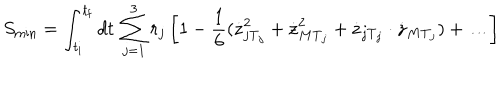
S _ { \min } = \int _ { t _ { \mathrm { i } } } ^ { t _ { \mathrm { f } } } d t \, \sum _ { j = 1 } ^ { 3 } r _ { j } \left[ 1 - \frac { 1 } { 6 } ( \dot { { \bf z } } _ { j \mathrm { T } _ { j } } ^ { 2 } + \dot { { \bf z } } _ { M \mathrm { T } _ { j } } ^ { 2 } + \dot { { \bf z } } _ { j \mathrm { T } _ { j } } \cdot \dot { { \bf z } } _ { M \mathrm { T } _ { j } } ) + \ldots \right]